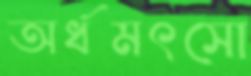
অর্ধমৎসো